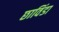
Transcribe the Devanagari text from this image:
छाविंडा